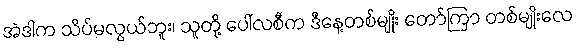
အဲဒါက သိပ်မလွယ်ဘူး၊ သူတို့ ပေါ်လစီက ဒီနေ့တစ်မျိုး တော်ကြာ တစ်မျိုးလေ